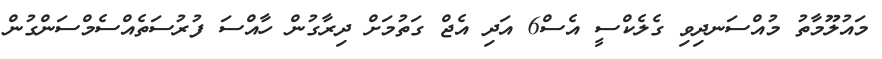
މައުލޫމާތު މުއްސަނދިވި ގެލެކްސީ އެސް6 އަދި އެޖް ގަތުމަށް ދިރާގުން ހާއްސަ ފުރުސަތެއްސެމްސަންގުން